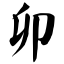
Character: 卯